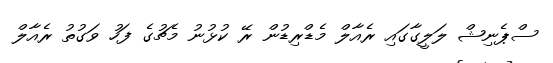
ސްޕެނިޝް ލަލީގާގައި ރެއާލް މެޑްރިޑުން ރޭ ކުޅުނު މެޗުގެ ފަހު ވަގުތު ރެއާލް